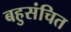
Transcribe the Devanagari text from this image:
बहुसंचित